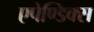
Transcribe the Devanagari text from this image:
एपेण्डिक्स